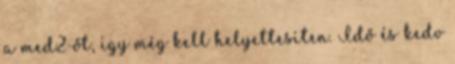
a med2-őt, így még kell helyettesíten. Idő és kedv